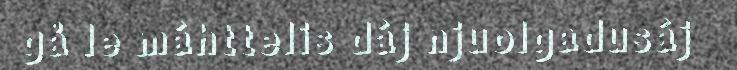
gå le máhttelis dáj njuolgadusáj